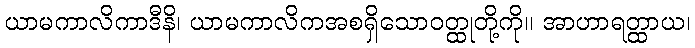
ယာမကာလိကာဒီနိ၊ ယာမကာလိကအစရှိသောဝတ္ထုတို့ကို။ အာဟာရတ္ထာယ၊